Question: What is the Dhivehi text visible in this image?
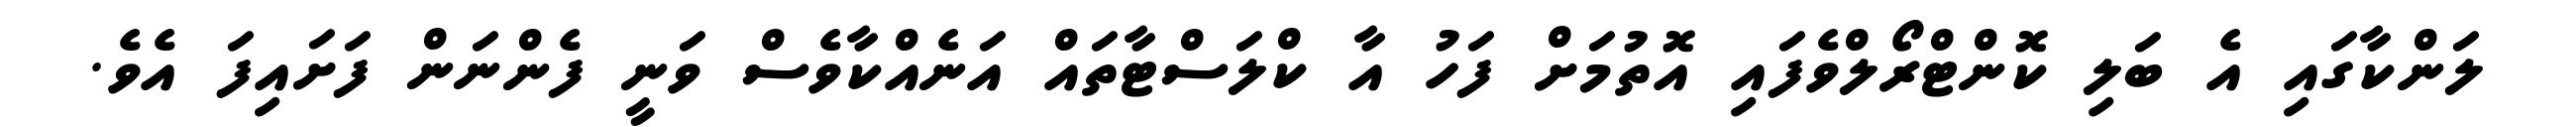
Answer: ލަންކާގައި އެ ބަލި ކޮންޓްރޯލްވެފައި އޮތުމަށް ފަހު އާ ކްލަސްޓާތައް އަނެއްކާވެސް ވަނީ ފެންނަން ފަށައިފަ އެވެ.